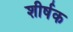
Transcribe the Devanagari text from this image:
शीर्षक